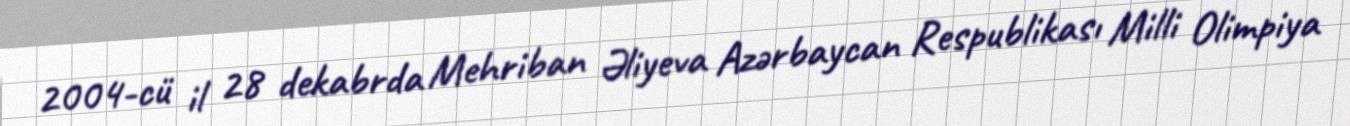
2004-cü il 28 dekabrda Mehriban Əliyeva Azərbaycan Respublikası Milli Olimpiya